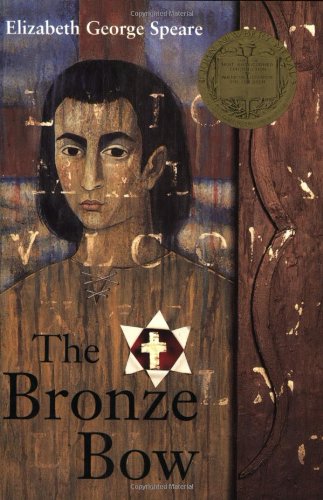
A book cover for The Bronze Bow; Elizabeth George Speare; Christian Books & Bibles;